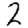
Digit: 2